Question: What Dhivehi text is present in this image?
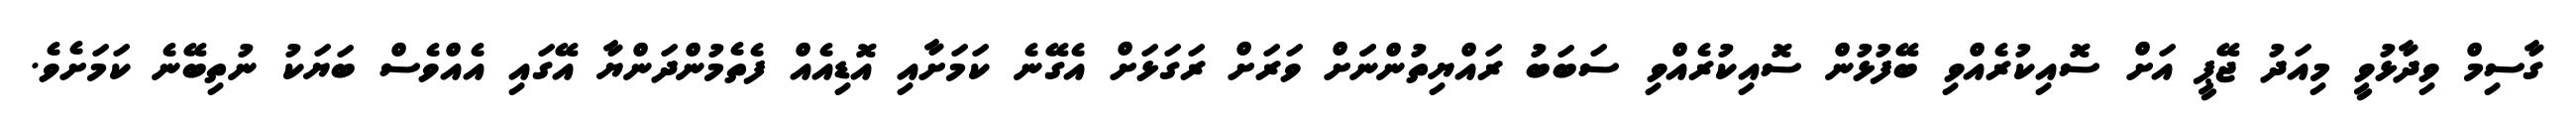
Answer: ގާސިމް ވިދާޅުވީ މިއަދު ޖޭޕީ އަށް ސޮއިކުރެއްވި ބޭފުޅުން ސޮއިކުރެއްވި ސަބަބު ރައްޔިތުންނަަށް ވަރަށް ރަގަޅަށް އެގޭނެ ކަމަށާއި އޮޑިއެއް ފެތެމުންދަންޔާ އޭގައި އެއްވެސް ބަޔަކު ނުތިބޭނެ ކަމަށެވެ.